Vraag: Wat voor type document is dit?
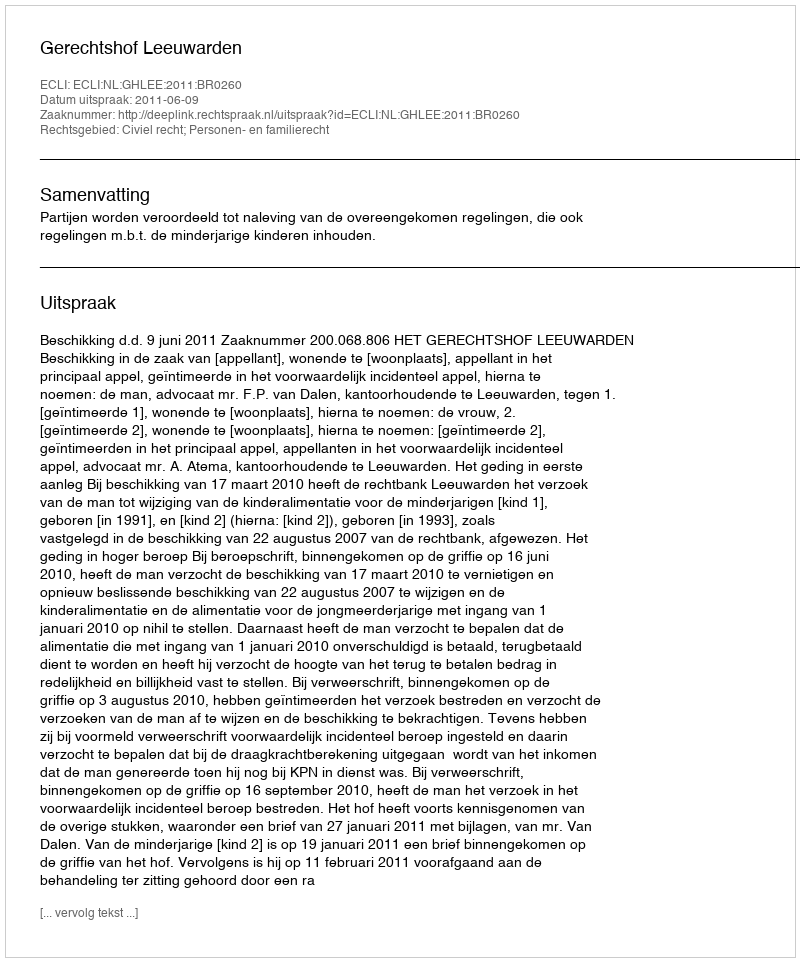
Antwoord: Uitspraak